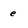
Character: e